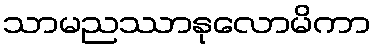
သာမညဿာနုလောမိကာ